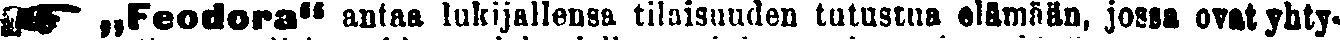
☛ „Feodora" antaa lukijallensa tilaisuuden tutustua elämään, jossa ovat yhty-